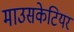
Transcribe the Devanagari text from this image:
माउसकेटियर